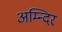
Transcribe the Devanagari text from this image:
अम्न्दिर